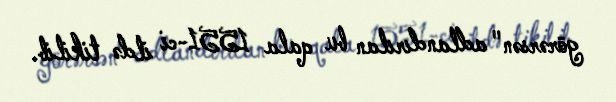
görərsən" adlandırılan bu qala 1551-ci ildə tikilib.